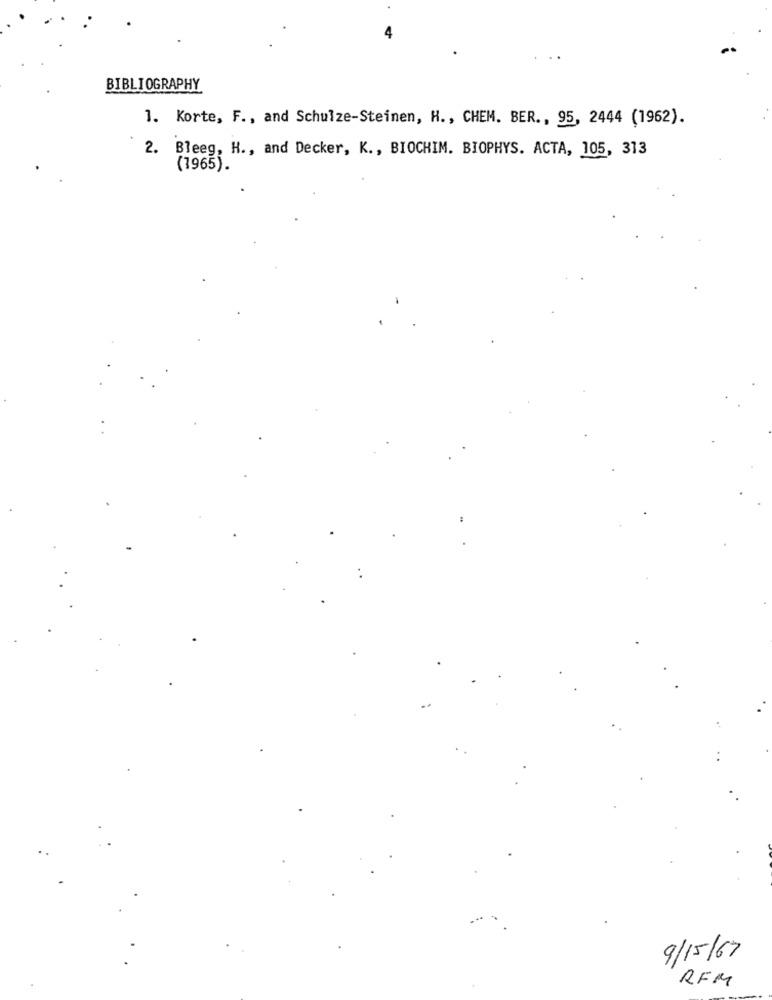
BIBLIOGRAPHY
1. Korte, F ., and Schulze-Steinen, H ., CHEM. BER ., 95, 2444 (1962).
2. Bleeg, H ., and Decker, K ., BIOCHIM. BIOPHYS. ACTA, 105, 313
(1965).
9/15/67
REM